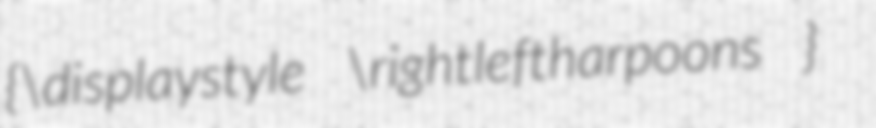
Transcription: {\displaystyle \rightleftharpoons }